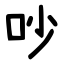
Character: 吵